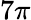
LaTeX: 7\pi